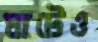
ঘাটেও